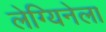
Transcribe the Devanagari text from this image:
लेग्यिनेला